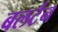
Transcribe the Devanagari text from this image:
बलर्टन